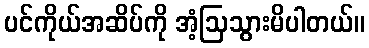
ပင်ကိုယ်အဆိပ်ကို အံ့ဩသွားမိပါတယ်။